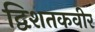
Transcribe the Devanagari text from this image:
द्विशतकवीर